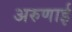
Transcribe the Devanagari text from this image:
अरुणाई